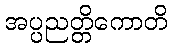
အပ္ပညတ္တိကောတိ